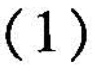
（1）